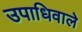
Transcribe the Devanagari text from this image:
उपाधिवाले